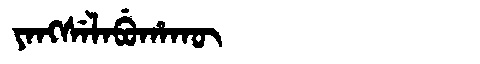
Manchu: ᠶᠠᠩᠰᡝᠯᠠᠪᡠᡥᠠᡴᡡ
Romanization: YANGSELABUHAKŪ